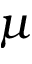
\mu